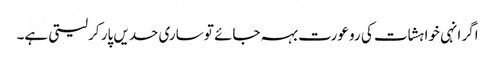
اگر انہی خواہشات کی رو عورت بہہ جائے تو ساری حدیں پار کرلیتی ہے۔